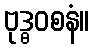
ဗုဒ္ဓဝစနံ။